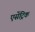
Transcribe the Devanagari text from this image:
एसेंट्रिक